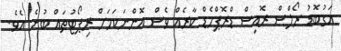
އަގުބޮޑު ރޯލްސް ރޮއިސް ޑްރޮޕްހެޑް ކާރެއް ވެސް އޮންނަކަމަށް ރިޕޯޓުތައް ބުނެ އެވެ.